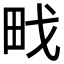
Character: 𭻀